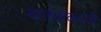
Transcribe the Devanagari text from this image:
म्हापसेकरांचे